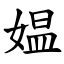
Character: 媪